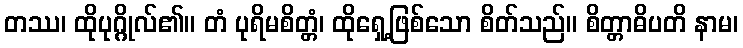
တဿ၊ ထိုပုဂ္ဂိုလ်၏။ တံ ပုရိမစိတ္တံ၊ ထိုရှေ့ဖြစ်သော စိတ်သည်။ စိတ္တာဓိပတိ နာမ၊